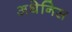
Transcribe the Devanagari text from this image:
अथेनिस